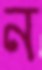
ন